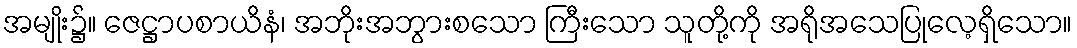
အမျိုး၌။ ဇေဋ္ဌာပစာယိနံ၊ အဘိုးအဘွားစသော ကြီးသော သူတို့ကို အရိုအသေပြုလေ့ရှိသော။